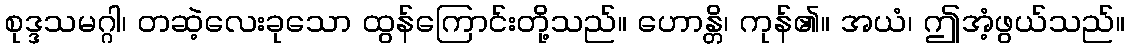
စုဒ္ဒသမဂ္ဂါ၊ တဆဲ့လေးခုသော ထွန်ကြောင်းတို့သည်။ ဟောန္တိ၊ ကုန်၏။ အယံ၊ ဤအံ့ဖွယ်သည်။